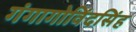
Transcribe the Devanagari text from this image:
गंगागोविंदसिंह